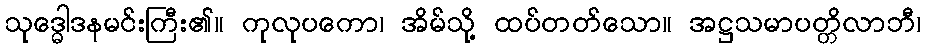
သုဒ္ဓေါဒနမင်းကြီး၏။ ကုလုပကော၊ အိမ်သို့ ထပ်တတ်သော။ အဋ္ဌသမာပတ္တိလာဘီ၊